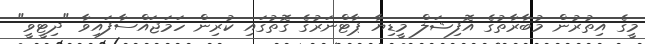
މީގެ އިތުރުން މުބާރާތުގެ އޮފިޝަލް މީޑިޔާ ޕާޓްނަރުގެ ގޮތުގައި ކުރިން ހަމަޖައްސާފައިވާ "ދިޓީވީ"